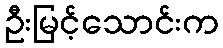
ဦးမြင့်သောင်းက